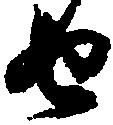
せ